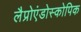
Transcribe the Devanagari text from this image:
लैप्रोएंडोस्कोपिक